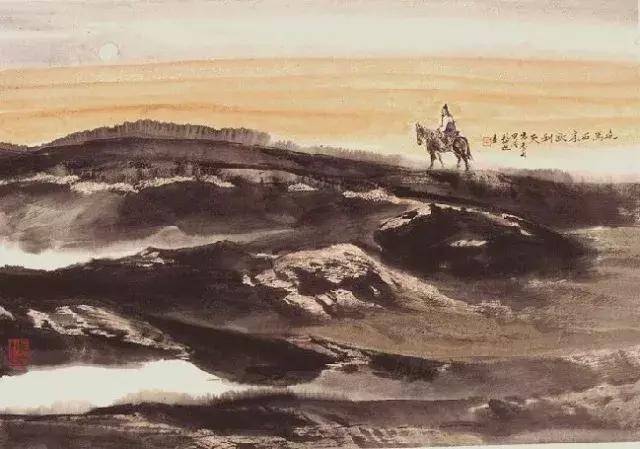
知君惯度祁连城，岂能愁见轮台月。